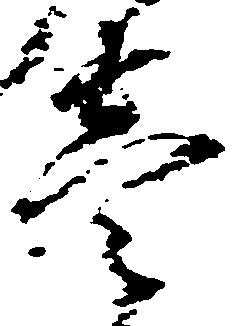
壱